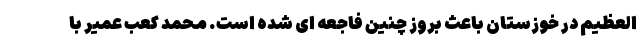
العظیم در خوزستان باعث بروز چنین فاجعه ای شده است. محمد کعب عمیر با